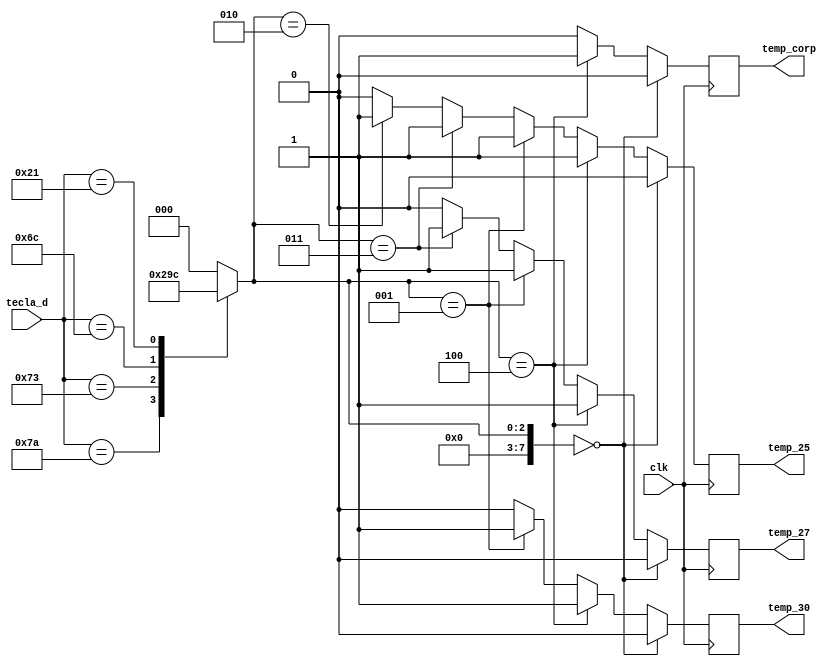
`timescale 1ns / 1ps
//////////////////////////////////////////////////////////////////////////////////
// Company: 
// Engineer: 
// 
// Design Name: 
// Module Name:    deco_tecla 
// Project Name: 
// Target Devices: 
// Tool versions: 
// Description: 
//
// Dependencies: 
//
// Revision: 
// Revision 0.01 - File Created
// Additional Comments: 
//
//////////////////////////////////////////////////////////////////////////////////
module deco_ud(
		input wire clk,
		input wire [7:0] tecla_d,// tecla_u,
		output reg temp_25,temp_27,temp_30, temp_corp
    );
	 
	reg [7:0] t_d;//, t_u;
	//reg  t_25,t_27,t_30, corp;
//	localparam [7:0]
//			//////////Teclas permitidas
//			
//			rst		=8'h2D,	//b00101101,////2D///R
//			cero		=8'h70,	//b01110000,////70///0
//			dos		=8'h72,	//b01110010,////72///2
//			tres		=8'h7A,	//b01111010,////74///3
//			cinco		=8'h73,	//b01110011,////73///5
//			siete		=8'h6C,	//b01101100,////6C///7
//			C			=8'h21;	//b00100001,////21///C
	

	always@*
		begin///Inicio Always@*
		
		
		//////////////Decenas
			case(tecla_d)
					8'h2D:		t_d	=8'd0;//reset
					8'h7A:		t_d	=8'd1;//tres
					8'h73:		t_d	=8'd2;//cinco
					8'h6C:		t_d	=8'd3;//siete
					8'h21:		t_d	=8'd4;//C
					default:		t_d	=8'd0;
			endcase
			

		end///Fin Always@*
		
		always@(posedge clk)
			begin
		
					if(t_d==8'd2)////Cinco
					begin
						temp_25=1'b1;
					end
					else
						temp_25=1'b0;
					if(t_d==8'd3)////Siete
					begin
						temp_25=1'b1;
						temp_27=1'b1;
					end
					else
						temp_27=1'b0;
					if(t_d==8'd1)/////Tres
					begin
						temp_27=1'b1;
						temp_25=1'b1;
						temp_30=1'b1;
					end
					else
						temp_30=1'b0;
					if(t_d==8'd4)////C
					begin
						temp_corp=1'b1;
						temp_30=1'b1;
						temp_27=1'b1;
						temp_25=1'b1;
					end
					else
						temp_corp=1'b0;
					if(t_d==8'd0)////rst
					begin
						temp_corp=1'b0;
						temp_30=1'b0;
						temp_27=1'b0;
						temp_25=1'b0;
					end
					
					
			end////Fin Always
//	
//		assign temp_25	=t_25;
//		assign temp_27	=t_27;
//		assign temp_30	=t_30;
//		assign temp_corp	=corp;
//		
endmodule